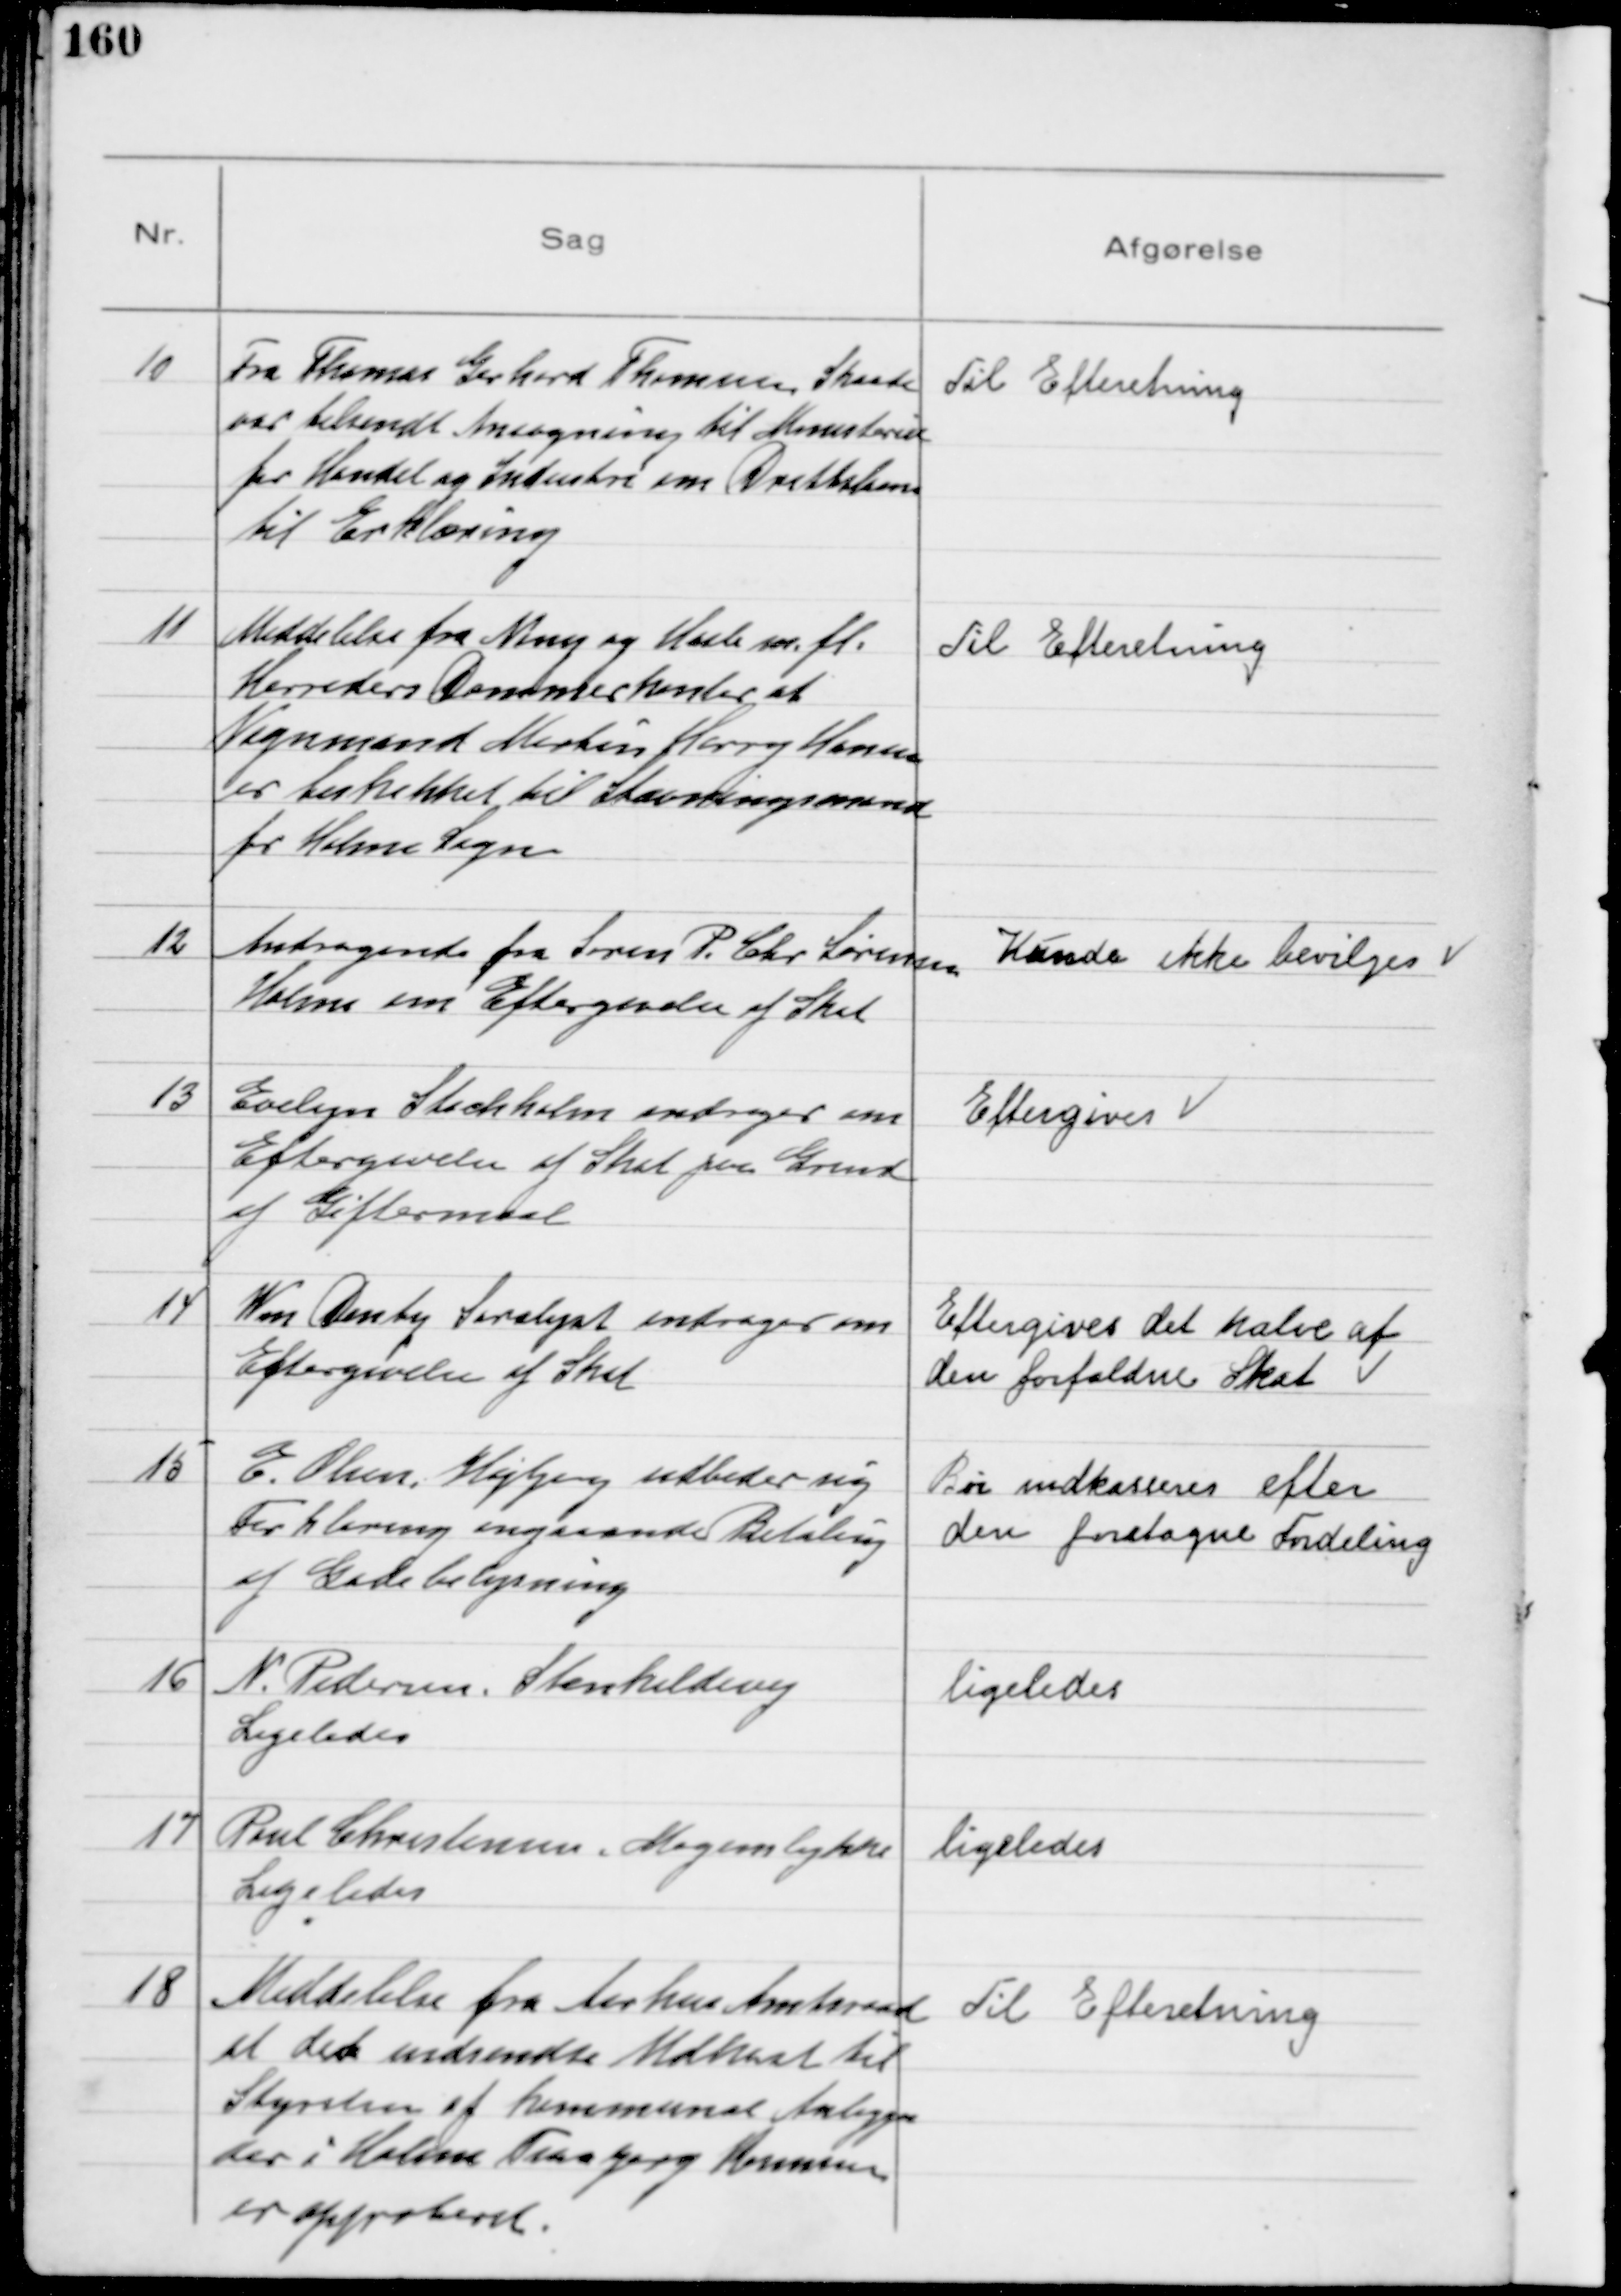
Transskription:
10
Fra Thomas Gerhard Thomsen, Skaade
var tilsendt Ansøgning til Ministeriet
for Handel og Industri om Driftslaan
til Erklæring

Til Efteretning

11
Meddelelse fra Ning og Hasle m.fl.
Herreders Dommerkontor at
Vognmand Martin Harry Hansen
er beskikket til Stævningsmand
for Holme Sogn

Til Efteretning

12
Andragende fra Søren P. Chr Sørensen
Holme om Eftergivelse af Skat

Kunde ikke bevilges

13
Evelyn Stochholm andrager om
Eftergivelse af Skat paa Grund
af Giftermaal

Eftergives

14
Wm Denby Saralyst andrager om
Eftergivelse af Skat

Eftergives det halve af
den forfaldne Skat

15
E. Olsen, Højbjerg udbeder sig
Forklaring angaaende Betaling
af Gadebelysning

Bør indkasseres efter
den foretagne Fordeling

16
N. Pedersen. Stenkildevej
Ligeledes

ligeledes

17
Paul Christensen, Mogenslykke
Ligeledes

ligeledes

18
Meddelelse fra Aarhus Amtsraad
at det udsendte Udkast til
Styrelsen af kommunal Anliggen
der i Holme Tranbjerg Kommune
er approberet

til Efteretning